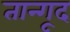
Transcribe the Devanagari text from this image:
तान्गूद